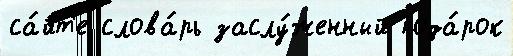
са́йт'е слова́рь заслу́женный пода́рок